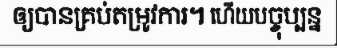
ឲ្យបានគ្រប់តម្រូវការ។ ហើយបច្ចុប្បន្ន